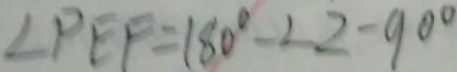
\angle P E F = 1 8 0 ^ { \circ } - \angle 2 - 9 0 ^ { \circ }